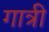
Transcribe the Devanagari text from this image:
गात्री